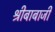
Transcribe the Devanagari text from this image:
श्रीबाबाजी